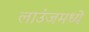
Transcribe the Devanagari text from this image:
लाउंजमध्ये